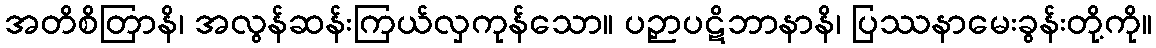
အတိစိတြာနိ၊ အလွန်ဆန်းကြယ်လှကုန်သော။ ပဉှာပဋိဘာနာနိ၊ ပြဿနာမေးခွန်းတို့ကို။